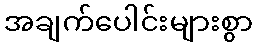
အချက်ပေါင်းများစွာ